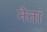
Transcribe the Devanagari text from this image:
नेतां